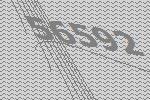
56592